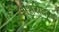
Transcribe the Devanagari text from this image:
शंभरांवर